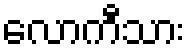
လောကီသား